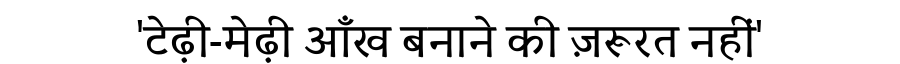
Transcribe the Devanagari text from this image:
'टेढ़ी-मेढ़ी आँख बनाने की ज़रूरत नहीं'